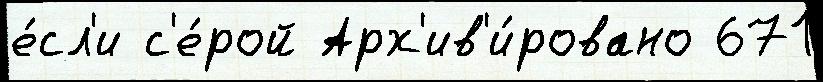
е́сл'и с'е́рой Арх'ив'и́ровано 671